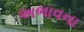
અભાવના